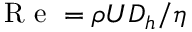
\mathrm { ~ R ~ e ~ } = \rho U D _ { h } / \eta